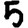
Digit: 5